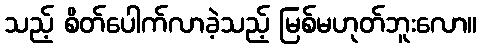
သည့် စိတ်ပေါက်လာခဲ့သည့် မြစ်မဟုတ်ဘူးလော။